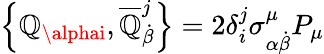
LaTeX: \left\{ \mathbb{Q}_{\alphai},{\overline{{{\mathbb{Q}}}}}_{\dot{{\beta}}}^{j}\right\} =2\delta_{i}^{j}\sigma_{\alpha{\dot{{\beta}}}}^{\mu}P_{\mu}